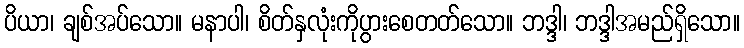
ပိယာ၊ ချစ်အပ်သော။ မနာပါ၊ စိတ်နှလုံးကိုပွားစေတတ်သော။ ဘဒ္ဒါ၊ ဘဒ္ဒါအမည်ရှိသော။